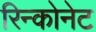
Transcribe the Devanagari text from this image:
रिन्कोनेट